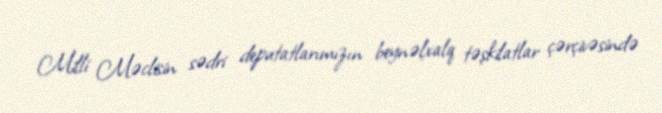
Milli Məclisin sədri deputatlarımızın beynəlxalq təşkilatlar çərçivəsində